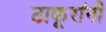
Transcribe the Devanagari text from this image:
ठाकूरांनी